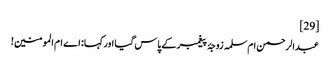
[29]
عبدالرحمن ام‌سلمہ زوجۂ پیغمبر کے پاس گیا اور کہا:‌ اے ام المومنین!